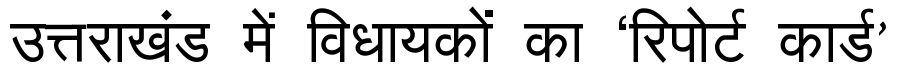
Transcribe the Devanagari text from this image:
उत्तराखंड में विधायकों का ‘रिपोर्ट कार्ड’